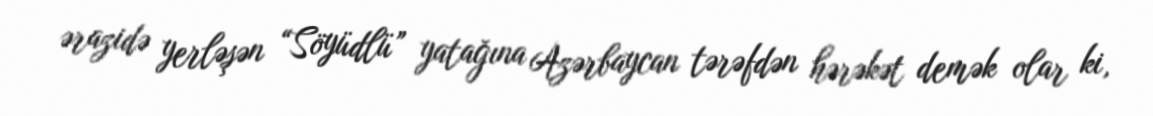
ərazidə yerləşən “Söyüdlü” yatağına Azərbaycan tərəfdən hərəkət demək olar ki,